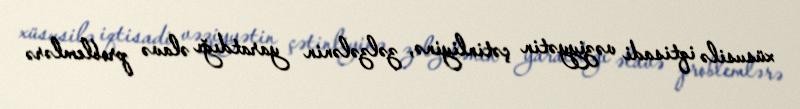
xüsusilə iqtisadi vəziyyətin çətinliyinə, zəlzələnin yaratdığı əlavə problemlərə